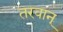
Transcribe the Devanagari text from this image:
तरवान्